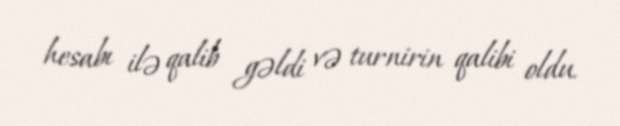
hesabı ilə qalib gəldi və turnirin qalibi oldu.